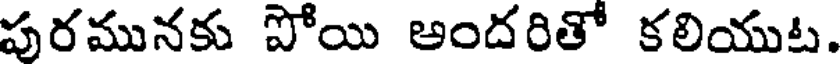
పురమునకు పోయి అందరితో కలియుట.